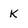
Character: K